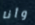
وأنا